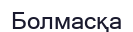
Болмасқа